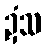
ဍံသ